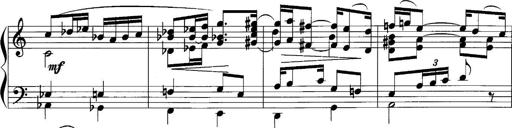
Title: Sonatina No.1
Composer: Otto Stoll
Key: C major